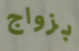
بزواج